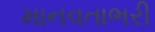
માનવતાભરી